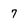
Character: 7